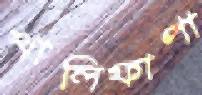
খালিফাপা